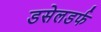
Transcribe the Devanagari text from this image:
डसेलडर्फ